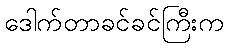
ဒေါက်တာခင်ခင်ကြီးက